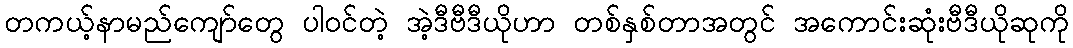
တကယ့်နာမည်ကျော်တွေ ပါဝင်တဲ့ အဲ့ဒီဗီဒီယိုဟာ တစ်နှစ်တာအတွင် အကောင်းဆုံးဗီဒီယိုဆုကို